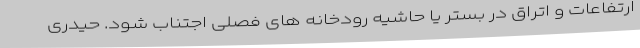
ارتفاعات و اتراق در بستر یا حاشیه رودخانه های فصلی اجتناب شود. حیدری